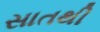
સાતથી